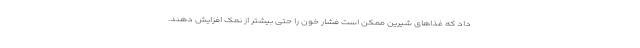
داد که غذاهای شیرین ممکن است فشار خون را حتی بیشتر از نمک افزایش دهند.